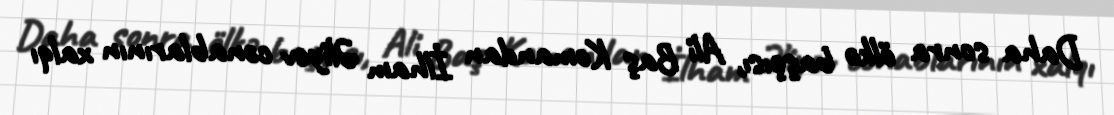
Daha sonra ölkə başçısı, Ali Baş Komandan İlham Əliyev cənablarının xalqı